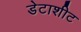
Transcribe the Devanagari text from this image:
डेटाशीट